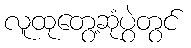
လူထုတွေ့ဆုံပွဲတွင်